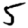
Digit: 5